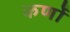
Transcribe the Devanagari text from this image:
कर्णो